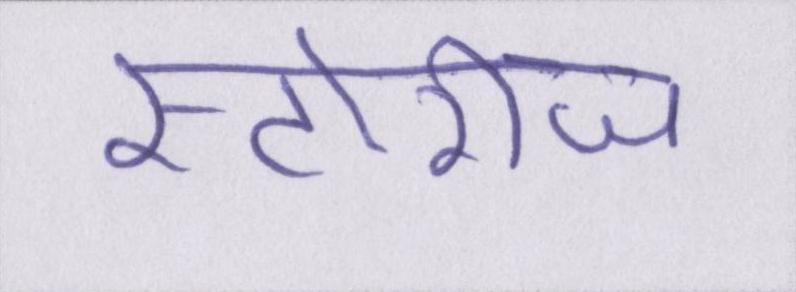
स्टोरीज